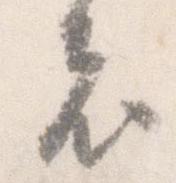
者